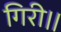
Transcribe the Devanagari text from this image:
गिरी।।